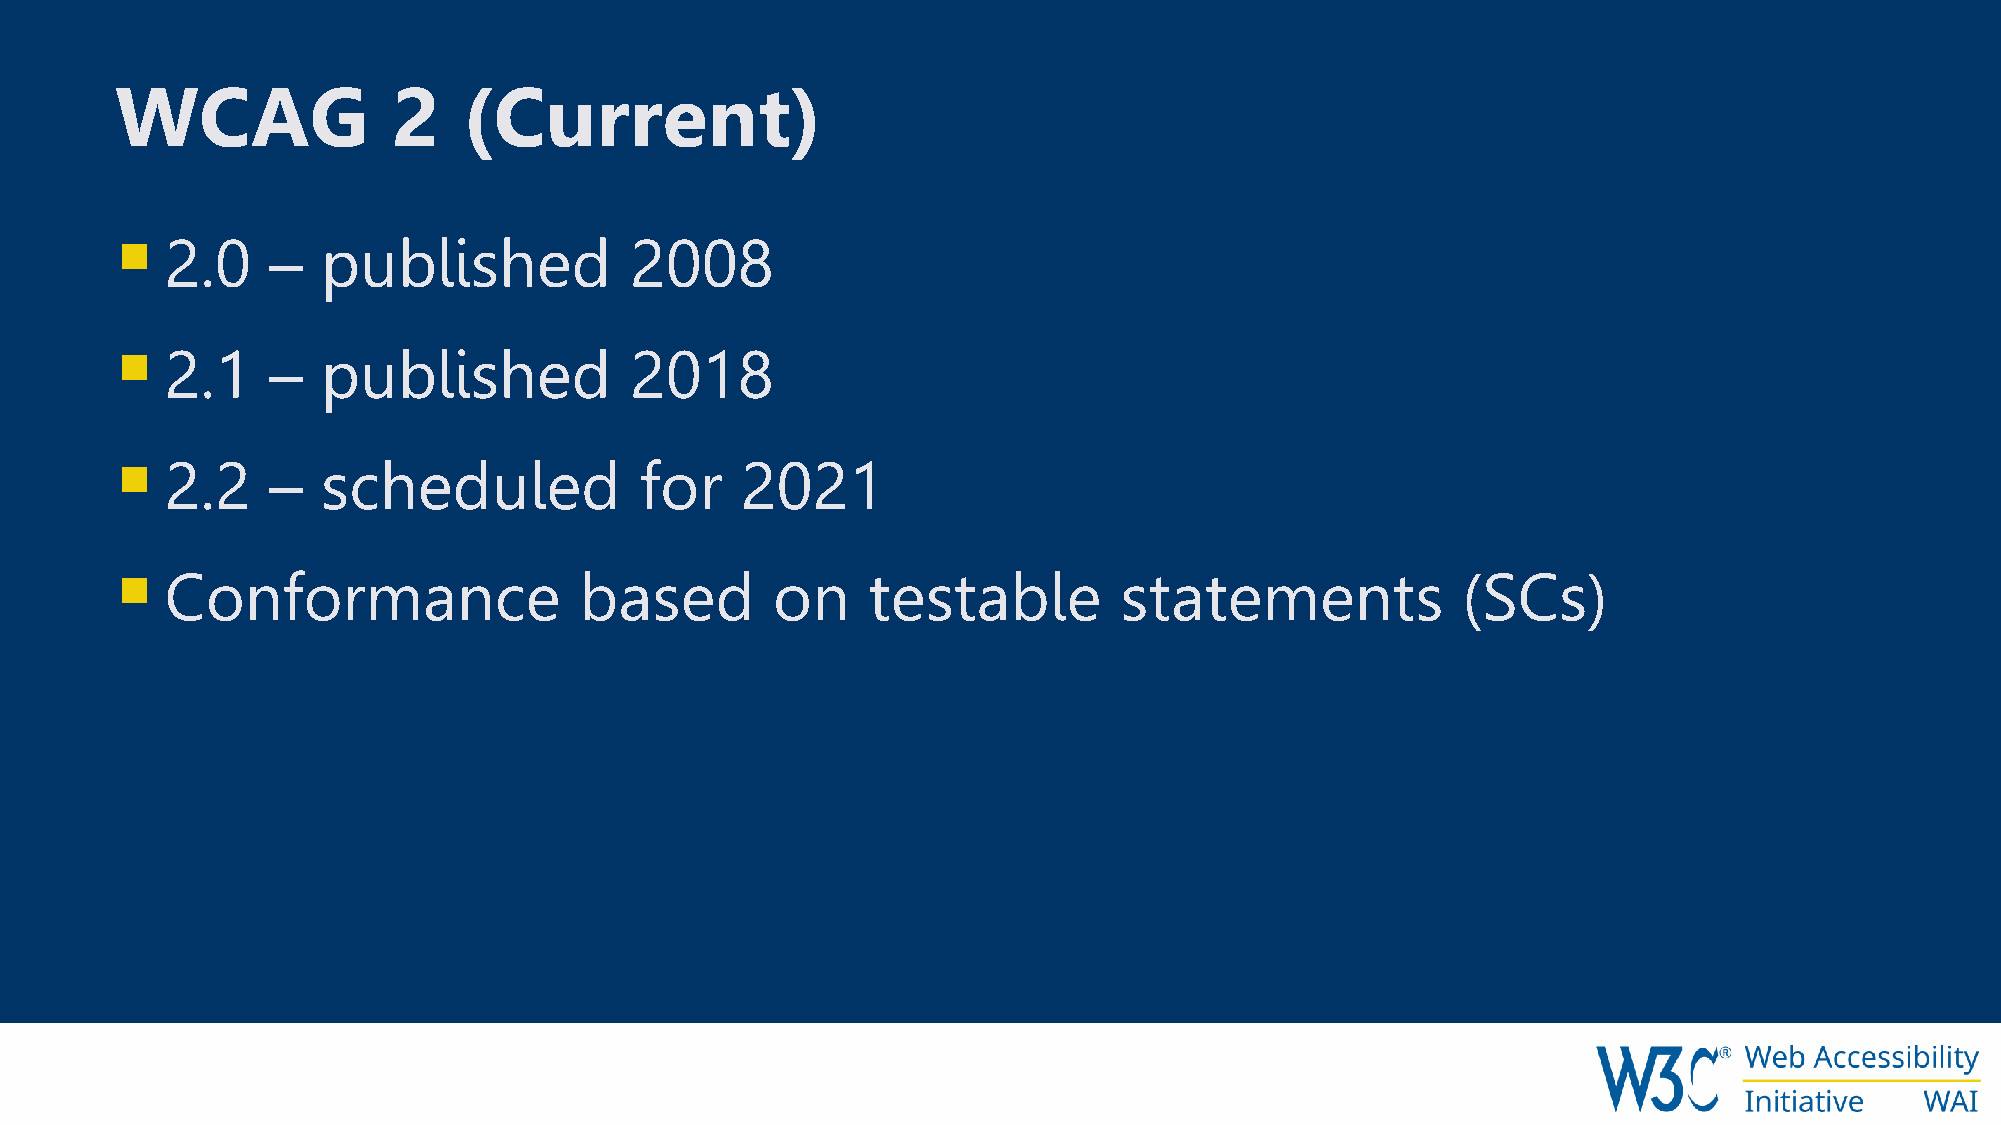
WCAG              2    (Current)
 
 2.0    –  published            2008
 
 2.1    –  published            2018
 
 2.2    –  scheduled            for    2021
 
 Conformance                based        on    testable         statements             (SCs)
 W3
 r'®
 Web  Accessibility
 V   Initiative WAI